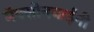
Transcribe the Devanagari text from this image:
मॅक्सीनबाईंनी